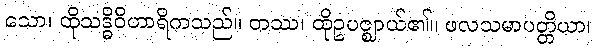
သော၊ ထိုသဒ္ဓိဝိဟာရိကသည်။ တဿ၊ ထိုဥပဇ္ဈာယ်၏။ ဖလသမာပတ္တိယာ၊